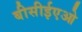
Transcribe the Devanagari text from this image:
बीसीईएओ